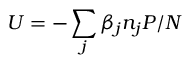
U = - \sum _ { j } \beta _ { j } n _ { j } P / N